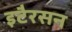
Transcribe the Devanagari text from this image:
इटैरसन